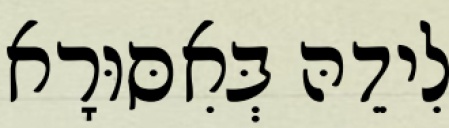
לִידֵהּ בְּאִסּוּרָא